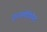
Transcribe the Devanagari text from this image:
इन्टरमीडियेट